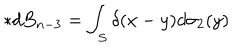
\ast d B _ { n - 3 } = \int _ { S } \delta ( x - y ) d \sigma _ { 2 } ( y )